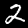
Label: 2